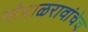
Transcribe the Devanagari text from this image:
गोपाळरावांचेच